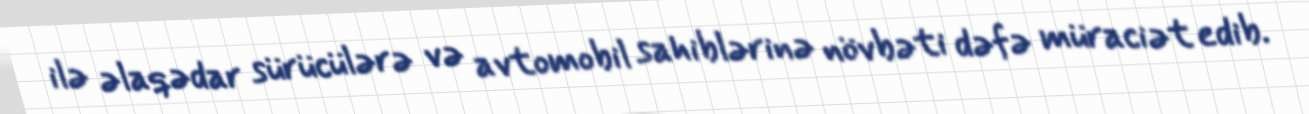
ilə əlaqədar sürücülərə və avtomobil sahiblərinə növbəti dəfə müraciət edib.